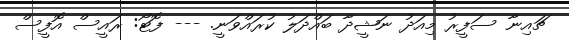
ޗައިނާ ސަފީރު މިއަދު ނަޝީދާ ބައްދަލު ކުރައްވަނީ. --- ފޮޓޯ: ރައީސް އޮފީސް